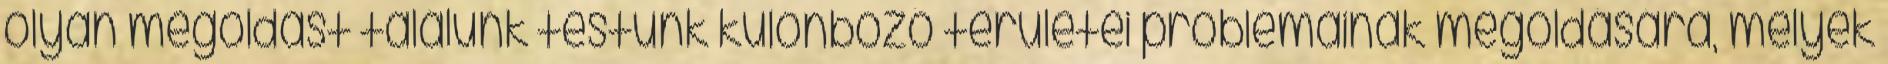
olyan megoldást találunk testünk különböző területei problémáinak megoldására, melyek